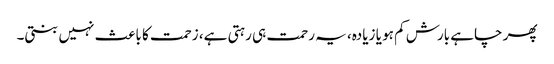
پھر چاہے بارش کم ہو یا زیادہ، یہ رحمت ہی رہتی ہے، زحمت کا باعث نہیں بنتی۔